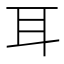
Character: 耳